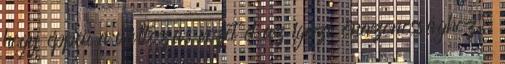
hogy éppen a változás vezet el az igazi önazonossághoz.